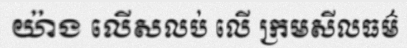
យ៉ាង លើសលប់ លើ ក្រមសីលធម៌